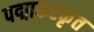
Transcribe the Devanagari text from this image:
पद्माकरकृत